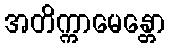
အတိက္ကာမေန္တော